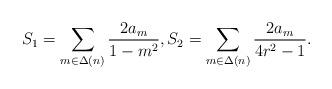
LaTeX: \begin{align*}S_1 = \sum_{m \in \Delta(n)} \frac{2a_{m} }{ 1 - m^2 }, S_2 =\sum_{m \in \Delta(n)} \frac{2a_{m} }{ 4r^2 - 1 }.\end{align*}